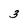
Character: 3